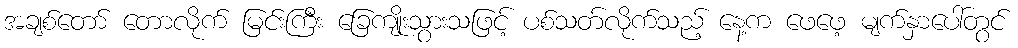
အချစ်တော် တောလိုက် မြင်းကြီး ခြေကျိုးသွားသဖြင့် ပစ်သတ်လိုက်သည့် နေ့က ဖေဖေ့ မျက်နှာပေါ်တွင်